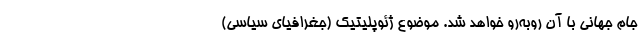
جام جهانی با آن روبه‌رو خواهد شد. موضوع ژئوپلیتیک (جغرافیای سیاسی)